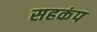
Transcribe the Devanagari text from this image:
सहकंप